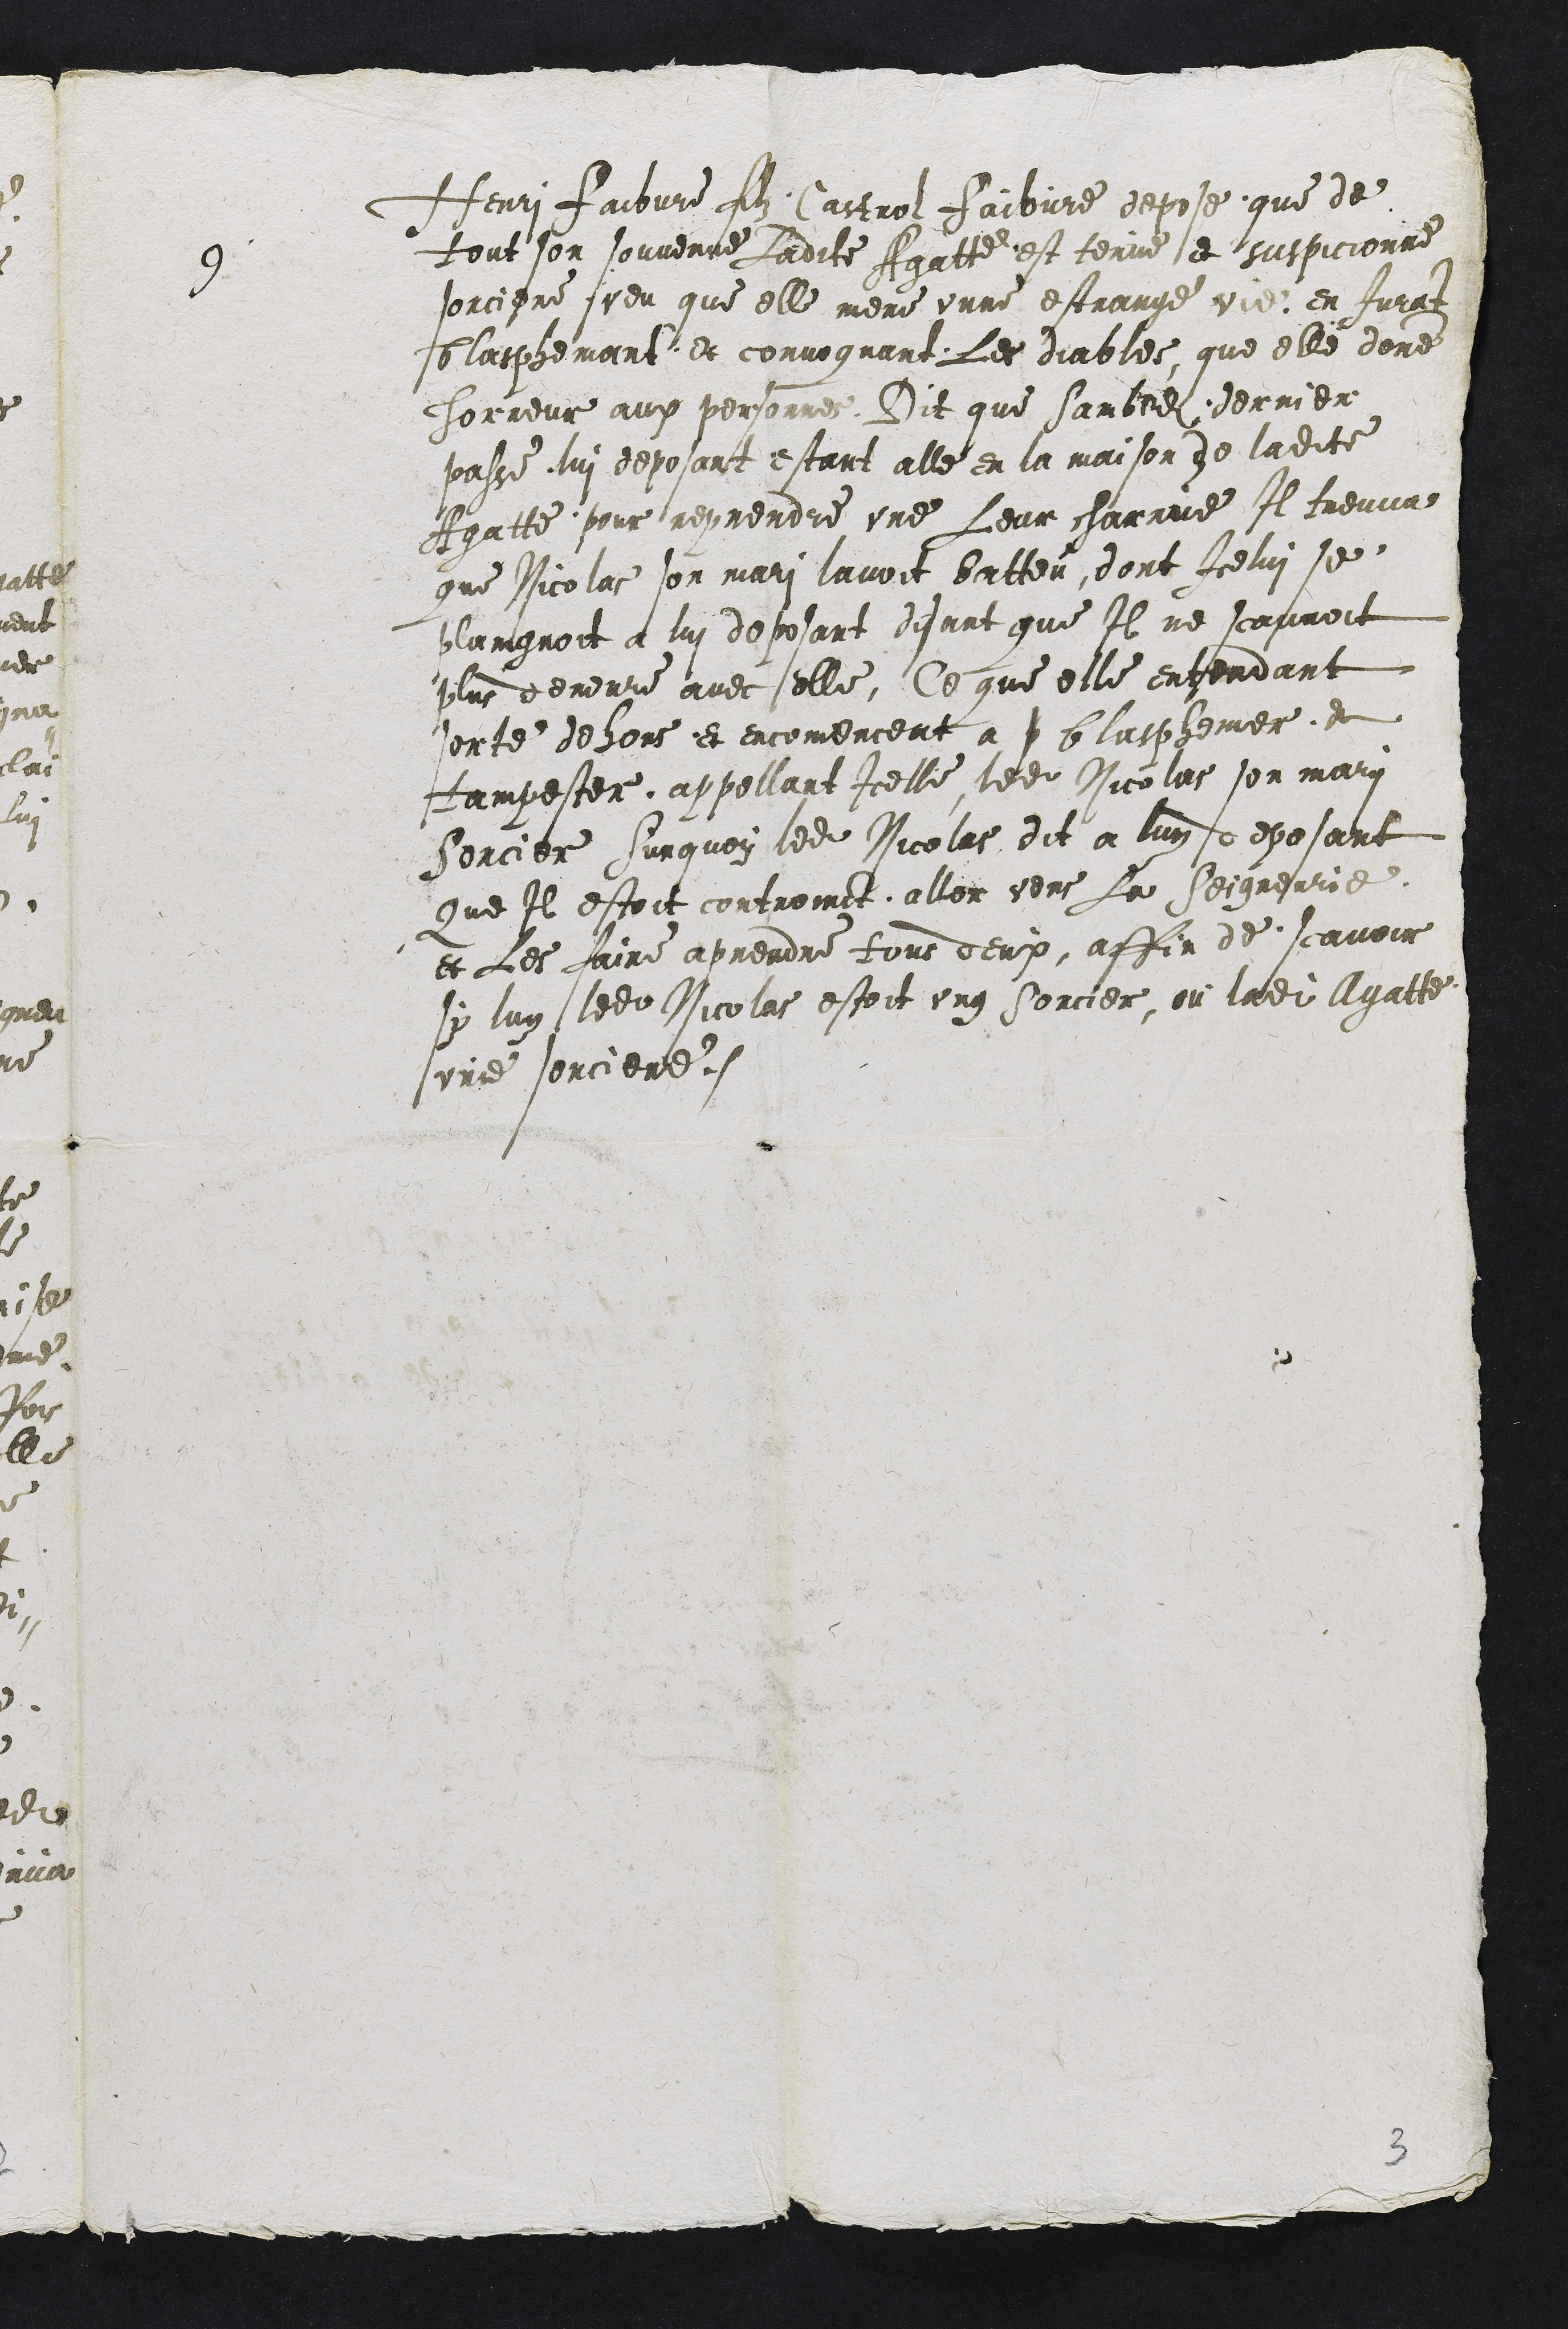
9 Henri Faibvre filz Castrol Faibvre depose que de
tout son souvenue Ladite Agatte est tenue et suspicionne
sorciere veu que elle mene unne estrange vie, en jurat
blasphemant et convoquant Les diables, que elle donne
horreur aux personnes. Dit que Sambedi dernier
passe, lui deposant estant alle en la maison de ladite
Agatte pour reprendre une Leur charrue Il treuva
que Nicolas son mari lavoit batteu, dont Icelui se
paingnoit a lui deposant disant que Il ne scauroit
plus demeure avec elle, Ce que elle entendant
sorte dehors et encomencent a p blasphemer et
tampester, appellant Icelle ledit Nicolas son mari
Sorcier Sur quoy ledit Nicolas dit a luy deposant
Que Il estoit controinct aller vers La Seigneurie
et Les faire aprendre tous deux, affin de scavoir
sy luy ledit Nicolas estoit ung sorcier, ou ladite Agatte
unne sorciere.

3